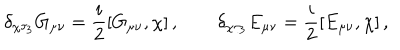
\delta _ { \chi \tau _ { 3 } } G _ { \mu \nu } = \frac i 2 [ G _ { \mu \nu } , \chi ] \, , \qquad \delta _ { \chi \tau _ { 3 } } E _ { \mu \nu } = \frac i 2 [ E _ { \mu \nu } , \chi ] \, ,